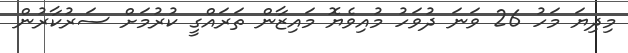
މިދިޔަ މަހު 26 ވަނަ ދުވަހު މުއިވެޔޮ މައިޒާން ތަރައްގީ ކުރުމަށް ސަރުކާރުން